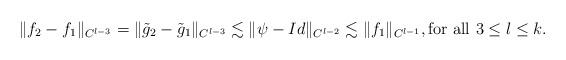
LaTeX: \begin{align*} \|f_2-f_1\|_{C^{l-3}} = \|\tilde{g}_2-\tilde{g}_1\|_{C^{l-3}} \lesssim \|\psi -Id\|_{C^{l-2}}\lesssim \|f_1\|_{C^{l-1}}, \mbox{for all}\,\, 3\leq l\leq k.\end{align*}